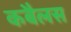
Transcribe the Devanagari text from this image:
कबैलस